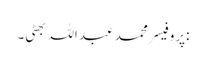
:پروفیسر محمد عبداللہ بھٹی۔